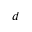
d